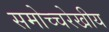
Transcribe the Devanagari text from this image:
समोच्चरेखीय